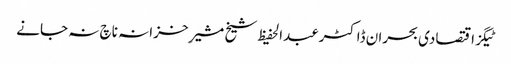
ٹیگزاقتصادی بحران ڈاکٹرعبدالحفیظ شیخ مشیرِ خزانہ ناچ نہ جانے